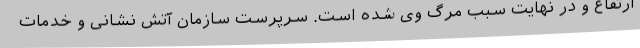
ارتفاع و در نهایت سبب مرگ وی شده است. سرپرست سازمان آتش نشانی و خدمات